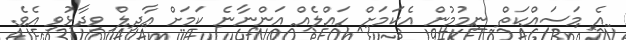
އެ މަސައްކަތް ނިމުމުން އެކަމަށް ހައްލެއް އަންނާނެ ކަމަށް އާދިލް ވިދާޅުވި އެވެ.